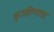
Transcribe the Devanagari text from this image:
कुजविण्याचा